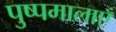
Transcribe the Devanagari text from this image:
पुष्पमालाएँ